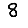
Digit: 8